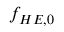
f _ { H E , 0 }